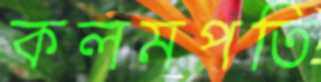
কলমপতি